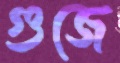
গুজে